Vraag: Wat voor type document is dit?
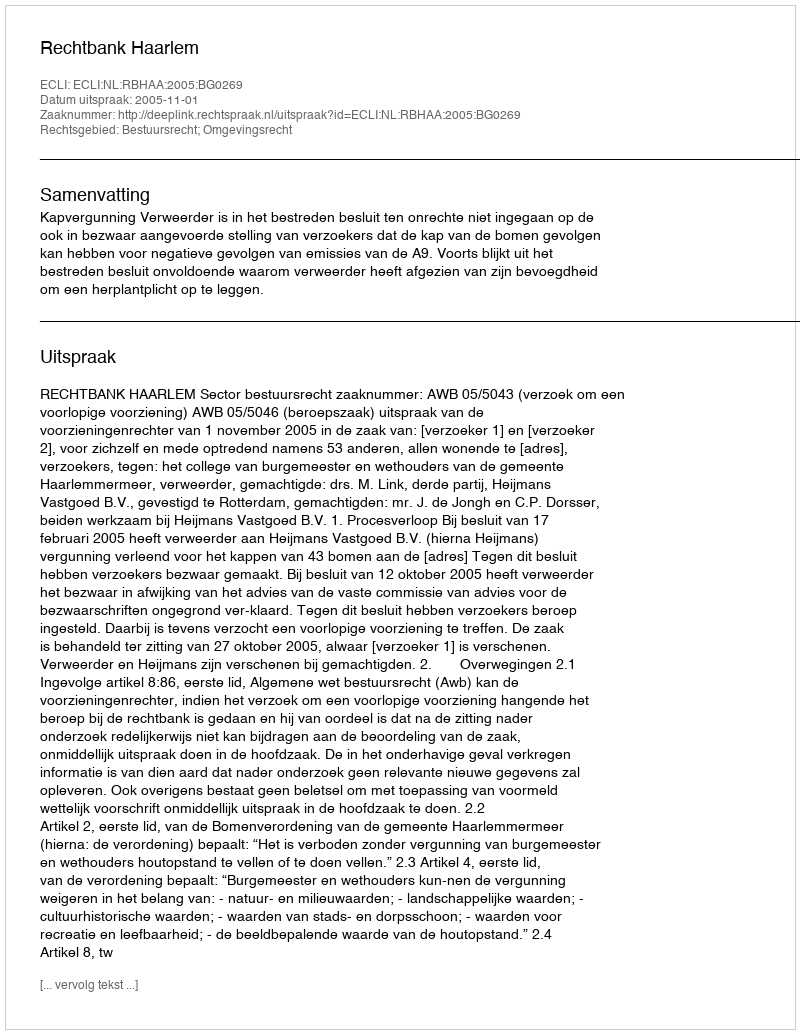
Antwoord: Uitspraak